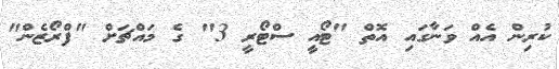
ކުރިން އެއް ވަނާގައި އޮތް "ޓޯއީ ސްޓޯރީ 3" ގެ މައްޗަށް "ފްރޯޒެން"